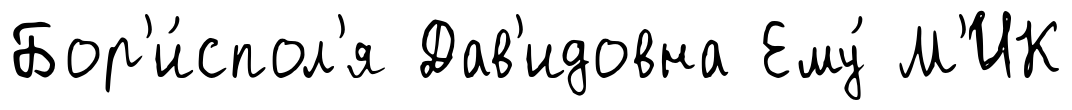
Бор'и́спол'я Дав'идовна Ему́ М'ИК